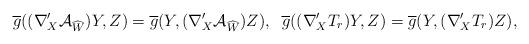
LaTeX: \begin{align*} \overline{g}((\nabla'_{X}\mathcal{A}_{\widehat{W}})Y,Z)=\overline{g}(Y,(\nabla'_{X}\mathcal{A}_{\widehat{W}})Z),\;\;\overline{g}((\nabla'_{X}T_{r})Y,Z)=\overline{g}(Y,(\nabla'_{X}T_{r})Z), \end{align*}